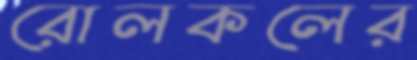
রোলকলের